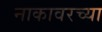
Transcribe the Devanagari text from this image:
नाकावरच्या